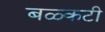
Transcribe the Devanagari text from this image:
बळ्कटी